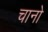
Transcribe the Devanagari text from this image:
चानो